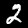
Digit: 2